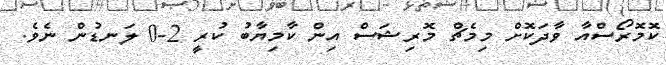
ކޮމޮރޯސްއާ ވާދަކޮށް މިމެޗް މޮރިޝަސް އިން ކާމިޔާބު ކުރީ 2-0 ލަނޑުން ނެވެ.